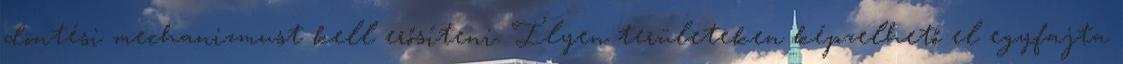
döntési mechanizmust kell erősíteni. Ilyen területeken képzelhető el egyfajta